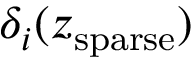
\delta _ { i } ( z _ { \mathrm { s p a r s e } } )